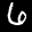
Label: 6